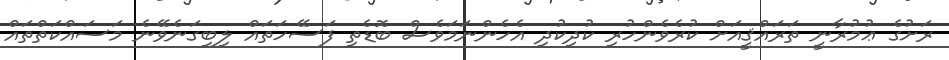
ރަށުގެ ޢުމުރާނީ ތަރައްޤީއަށް ކުރެވެންހުރި ކުދިކުދި އެހެންނަމަވެސް ބޮޑެތި ފަސޭހަތައް ލިބިގަނެވޭނެ މަސައްކަތްތައް